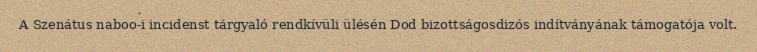
A Szenátus naboo-i incidenst tárgyaló rendkívüli ülésén Dod bizottságosdizós indítványának támogatója volt.